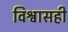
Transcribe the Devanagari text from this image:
विश्वासही